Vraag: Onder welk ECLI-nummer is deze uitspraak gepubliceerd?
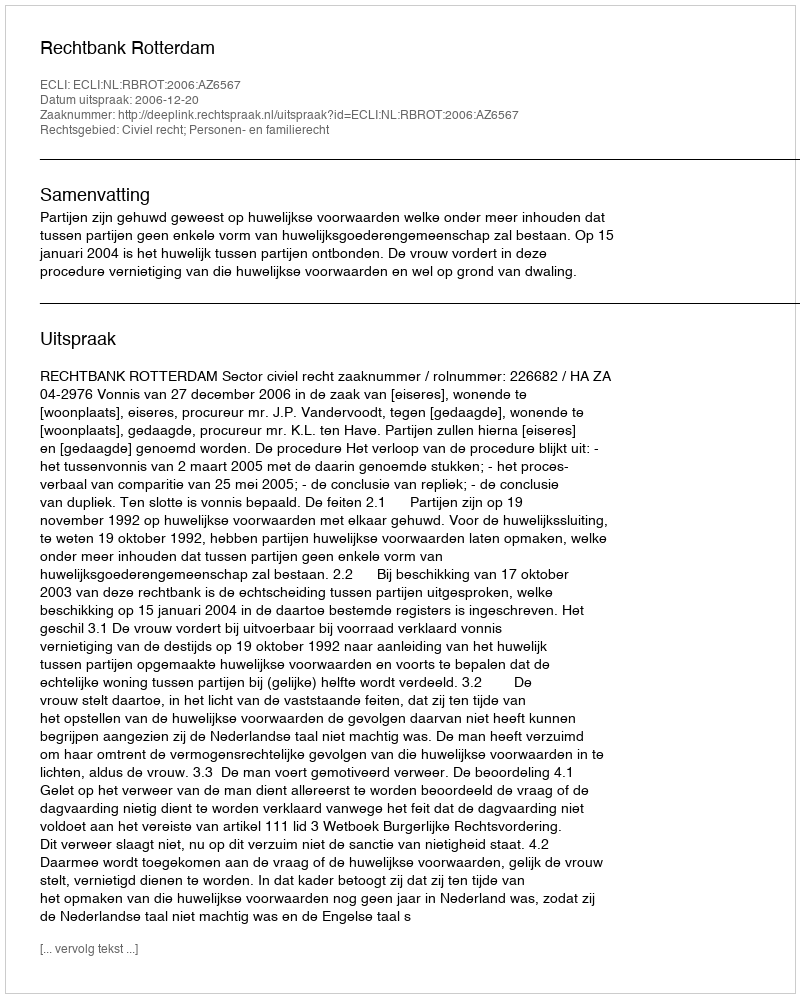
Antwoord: ECLI:NL:RBROT:2006:AZ6567